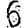
Digit: 6